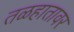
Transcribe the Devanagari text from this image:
तळहातावर